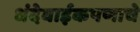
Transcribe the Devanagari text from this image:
धंदेवाईकपणाचे